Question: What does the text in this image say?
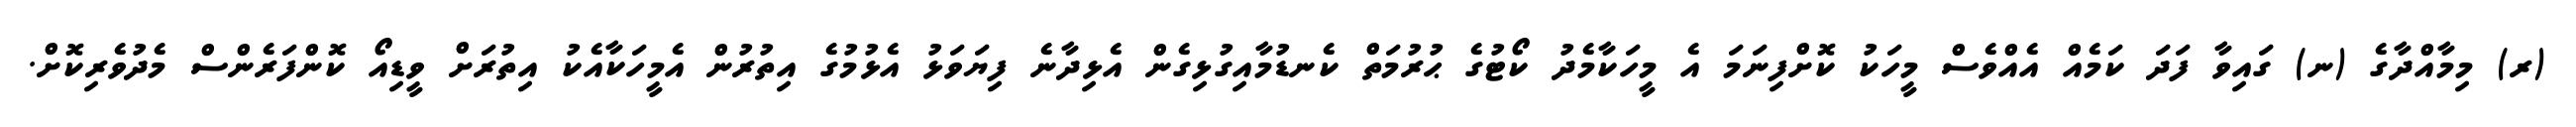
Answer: (ރ) މިމާއްދާގެ (ނ) ގައިވާ ފަދަ ކަމެއް އެއްވެސް މީހަކު ކޮށްފިނަމަ އެ މީހަކާމެދު ކޯޓުގެ ޙުރުމަތް ކެނޑުމާއިގުޅިގެން އެޅިދާނެ ފިޔަވަޅު އެޅުމުގެ އިތުރުން އެމީހަކާއެކު އިތުރަށް ވީޑިއޯ ކޮންފަރެންސް މެދުވެރިކޮށް.